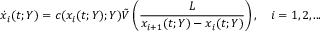
\dot { x } _ { i } ( t ; Y ) = c ( x _ { i } ( t ; Y ) ; Y ) \tilde { V } \left( \frac { L } { x _ { i + 1 } ( t ; Y ) - x _ { i } ( t ; Y ) } \right) , \quad i = 1 , 2 , . . .